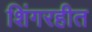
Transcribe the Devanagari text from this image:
शिंगरहीत